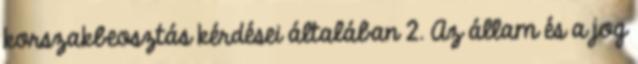
korszakbeosztás kérdései általában 2. Az állam és a jog